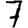
Digit: 7